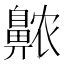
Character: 𱌖